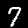
Label: 7